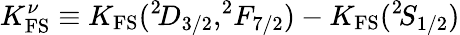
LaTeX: K_{\mathrm{FS}}^{\nu}\equiv K_{\mathrm{FS}}(^{2}\! D_{3/2},^{2}\! F_{7/2})-K_{\mathrm{FS}}(^{2}\! S_{1/2})